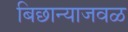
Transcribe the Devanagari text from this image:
बिछान्याजवळ